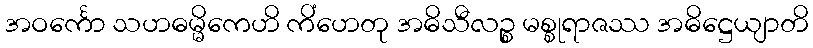
အဝင်္ကော သဟဓမ္မိကေဟိ ကိံဟေတု အဓိသီလဉ္စ မစ္စုရာဇဿ အဓိဋ္ဌေယျာတိ